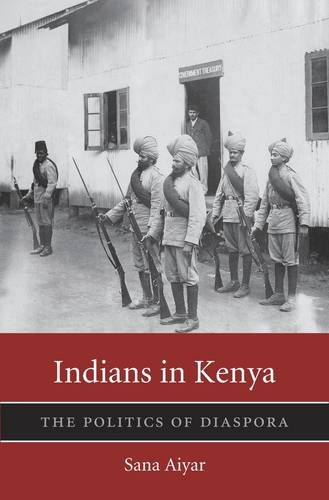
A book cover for Indians in Kenya: The Politics of Diaspora (Harvard Historical Studies); Sana Aiyar; History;